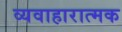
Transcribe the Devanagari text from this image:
व्यवाहारात्मक